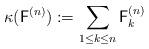
LaTeX: \begin{align*} \kappa(\mathsf{F}^{(n)}) := \sum_{1\le k\le n} \mathsf{F}_k^{(n)}\end{align*}